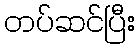
တပ်ဆင်ပြီး